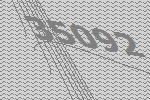
35092